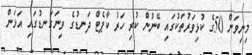
މިނިވަން 50ގެ ކުޅިވަރުތަކުގައި ބޭނުން ކުރި ހަރު ކާޕެޓް ދަނޑުގެ ވިނަގަނޑުގައި އަޅަން